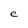
Character: e